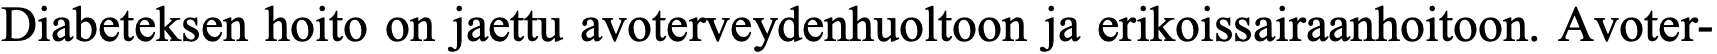
Diabeteksen hoito on jaettu avoterveydenhuoltoon ja erikoissairaanhoitoon. Avoter-